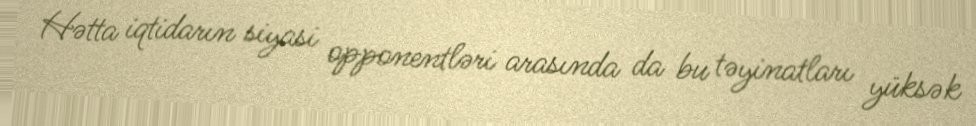
Hətta iqtidarın siyasi opponentləri arasında da bu təyinatları yüksək